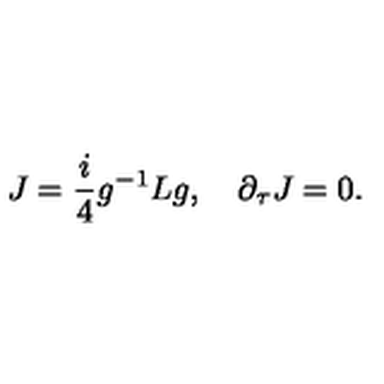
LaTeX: J = \frac { i } { 4 } g ^ { - 1 } L g , \quad \partial _ { \tau } J = 0 .